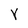
Character: Y